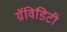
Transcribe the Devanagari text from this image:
ग्रॅविडिटी